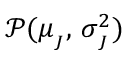
\mathcal { P } ( \mu _ { _ { J } } , \, \sigma _ { _ { J } } ^ { 2 } )